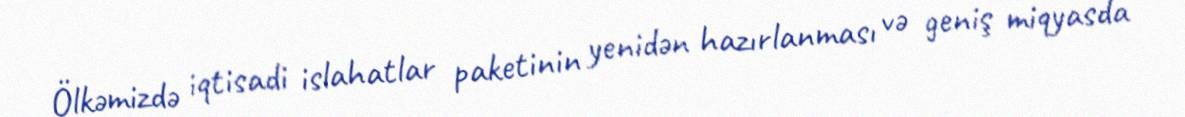
Ölkəmizdə iqtisadi islahatlar paketinin yenidən hazırlanması və geniş miqyasda